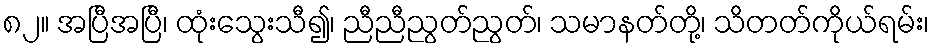
၈၂။ အပြီအပြီ၊ ထုံးသွေးသီ၍၊ ညီညီညွတ်ညွတ်၊ သမာနတ်တို့၊ သိတတ်ကိုယ်ရမ်း၊